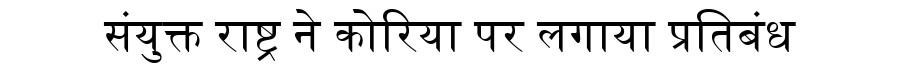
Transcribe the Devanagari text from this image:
संयुक्त राष्ट्र ने कोरिया पर लगाया प्रतिबंध